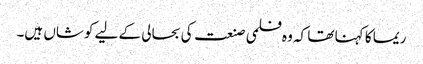
ریما کا کہنا تھا کہ وہ فلمی صنعت کی بحالی کے لیے کوشاں ہیں۔